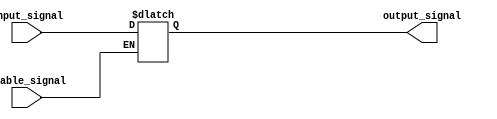
module buffer_with_enable (
    input wire input_signal,
    input wire enable_signal,
    output reg output_signal
);

always @ (*) begin
    if (enable_signal) begin
        output_signal = input_signal;
    end else begin
        output_signal = output_signal;
    end
end

endmodule